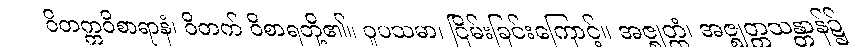
ဝိတက္ကဝိစာရာနံ၊ ဝိတက် ဝိစာရတို့၏။ ဝူပသမာ၊ ငြိမ်းခြင်းကြောင့်။ အဇ္ဈတ္တံ၊ အဇ္ဈတ္တသန္တာန်၌